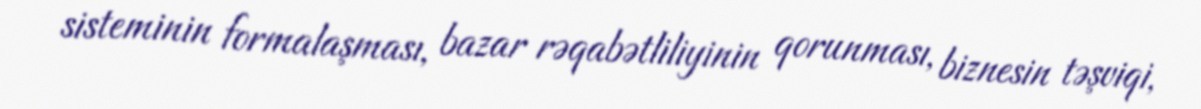
sisteminin formalaşması, bazar rəqabətliliyinin qorunması, biznesin təşviqi,